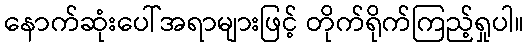
နောက်ဆုံးပေါ်အရာများဖြင့် တိုက်ရိုက်ကြည့်ရှုပါ။